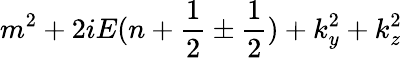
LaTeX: m^{2}+2iE(n+{\frac{1}{2}}\pm{\frac{1}{2}})+k_{y}^{2}+k_{z}^{2}